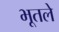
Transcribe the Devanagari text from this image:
भूतले